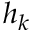
h _ { k }